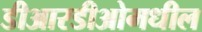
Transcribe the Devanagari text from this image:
डीआरडीओमधील